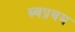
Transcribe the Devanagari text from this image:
स्र्वप्रथम